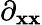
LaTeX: \partial_{\mathbf{x}\mathbf{x}}